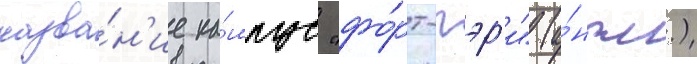
назва́н'ие ка́мпус "фо́рт-гэр'и" (а́нгл.)